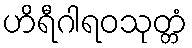
ဟိရီဂါရဝသုတ္တံ